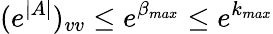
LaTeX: (e^{|A|})_{vv}\leq e^{\beta_{max}}\leq e^{k_{max}}